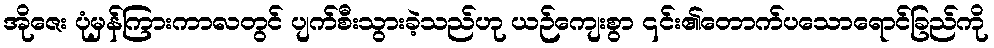
အိုဇေး ပုံမှန်ကြားကာလတွင် ပျက်စီးသွားခဲ့သည်ဟု ယဉ်ကျေးစွာ ၎င်း၏တောက်ပသောရောင်ခြည်ကို